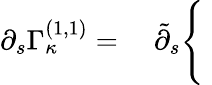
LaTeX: \partial_{s}\Gamma_{\kappa}^{(1,1)}=\quad\tilde{\partial}_{s}\Bigg\{ \;